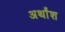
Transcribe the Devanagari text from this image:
अर्थांश